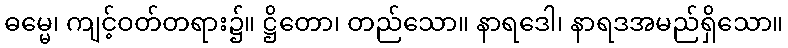
ဓမ္မေ၊ ကျင့်ဝတ်တရား၌။ ဋ္ဌိတော၊ တည်သော။ နာရဒေါ၊ နာရဒအမည်ရှိသော။